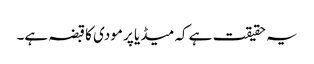
یہ حقیقت ہے کہ میڈیا پر مودی کا قبضہ ہے۔